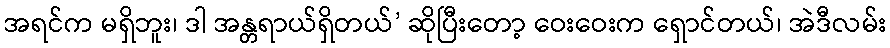
အရင်က မရှိဘူး၊ ဒါ အန္တရာယ်ရှိတယ်’ ဆိုပြီးတော့ ဝေးဝေးက ရှောင်တယ်၊ အဲဒီလမ်း